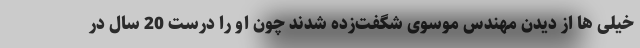
خیلی ها از دیدن مهندس موسوی شگفت‌زده شدند چون او را درست 20 سال در